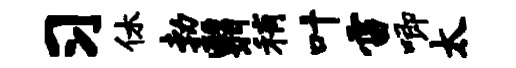
习休勃翳稍叶雷唧太